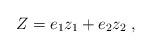
LaTeX: \begin{align*} Z=e_1z_1+e_2z_2 \;,\end{align*}